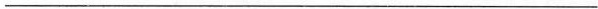
___